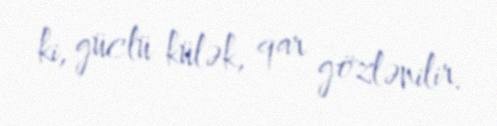
ki, güclü külək, qar gözlənilir.